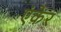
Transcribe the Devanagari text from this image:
एंकेर